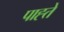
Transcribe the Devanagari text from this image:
पाह्ते